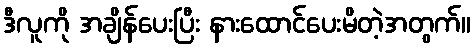
ဒီလူကို အချိန်ပေးပြီး နားထောင်ပေးမိတဲ့အတွက်။